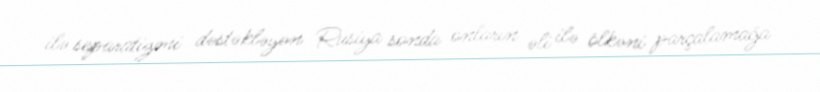
ilə separatizmi dəstəkləyən Rusiya sonda onların əli ilə ölkəni parçalamağa